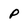
Character: P